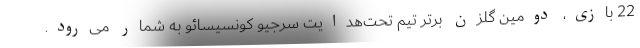
22 بازی، دومین گلزن برتر تیم تحت‌هدایت سرجیو کونسیسائو به شمار می‌رود.